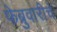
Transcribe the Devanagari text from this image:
फेब्रुवारीचे